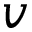
v